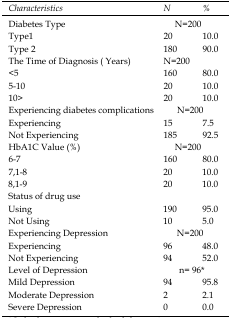
<table><thead><tr><td><b><i>Characteristics</i></b></td><td><b><i>N</i></b></td><td><b><i>%</i></b></td></tr><tr><td><b><i>Diabetes Type</i></b></td><td colspan="2"><b><i>N=200</i></b></td></tr></thead><tbody><tr><td>Type1Type 2</td><td>20180</td><td>10.090.0</td></tr><tr><td><i>The Time of Diagnosis</i><i>( Years)</i></td><td colspan="2"><i>N=200</i></td></tr><tr><td>&lt;5 5-10 10&gt;</td><td>1602020</td><td>80.010.010.0</td></tr><tr><td><i>Experiencing diabetes complications</i></td><td colspan="2"><i>N=200</i></td></tr><tr><td>ExperiencingNot Experiencing</td><td>15185</td><td>7.592.5</td></tr><tr><td><i>HbA1C Value (%)</i></td><td colspan="2"><i>N=200</i></td></tr><tr><td>6-77,1-88,1-9</td><td>1602020</td><td>80.010.010.0</td></tr><tr><td><i>Status of drug use</i></td><td></td><td></td></tr><tr><td>UsingNot Using</td><td>19010</td><td>95.05.0</td></tr><tr><td><i>Experiencing Depression </i></td><td colspan="2"><i>N=200</i></td></tr><tr><td>ExperiencingNot Experiencing</td><td>9694</td><td>48.052.0</td></tr><tr><td><i>Level of Depression</i></td><td colspan="2"><i>n= 96*</i></td></tr><tr><td>Mild DepressionModerate DepressionSevere Depression</td><td>9420</td><td>95.82.10.0</td></tr></tbody></table>